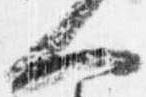
人